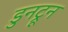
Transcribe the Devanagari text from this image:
डुनट्रून